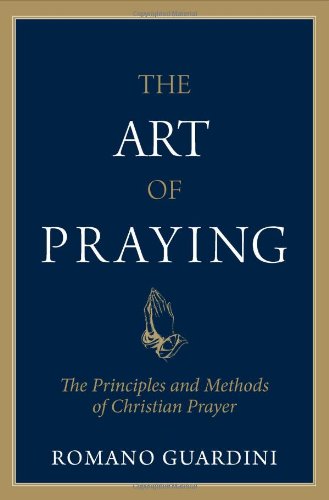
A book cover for The Art of Praying: The Principles and Methods of Christian Prayer; Romano Guardini; Christian Books & Bibles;